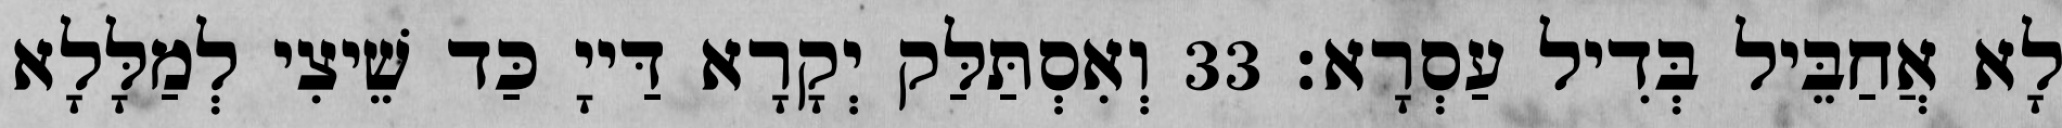
לָא אֲחַבֵּיל בְּדִיל עַסְרָא׃ 33 וְאִסְתַּלַּק יְקָרָא דַּייָ כַּד שֵׁיצִי לְמַלָּלָא